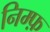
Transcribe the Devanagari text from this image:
निम्फ़